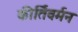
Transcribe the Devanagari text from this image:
कीर्तिवर्मन